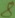
Text: 8